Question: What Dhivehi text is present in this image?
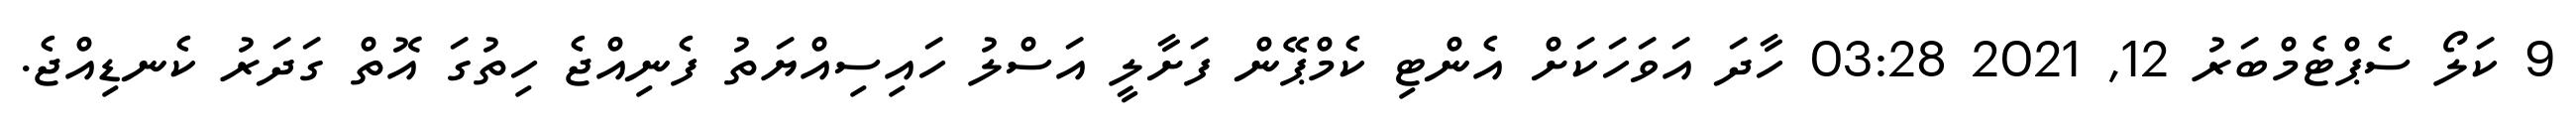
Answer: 9 ކަލޯ ސެޕްޓެމްބަރު 12, 2021 03:28 ހާދަ އަވަހަކަށް އެންޓި ކެމްޕޭން ފަށާލީ އަސްލު ހައިސިއްޔަތު ފެނިއްޖެ ހިތުގަ އޮތް ގަދަރު ކެނޑިއްޖެ.